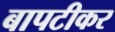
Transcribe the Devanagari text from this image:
बापटीकर